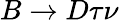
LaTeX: B\to D\tau\nu